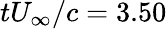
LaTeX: tU_{\infty}/c=3.50